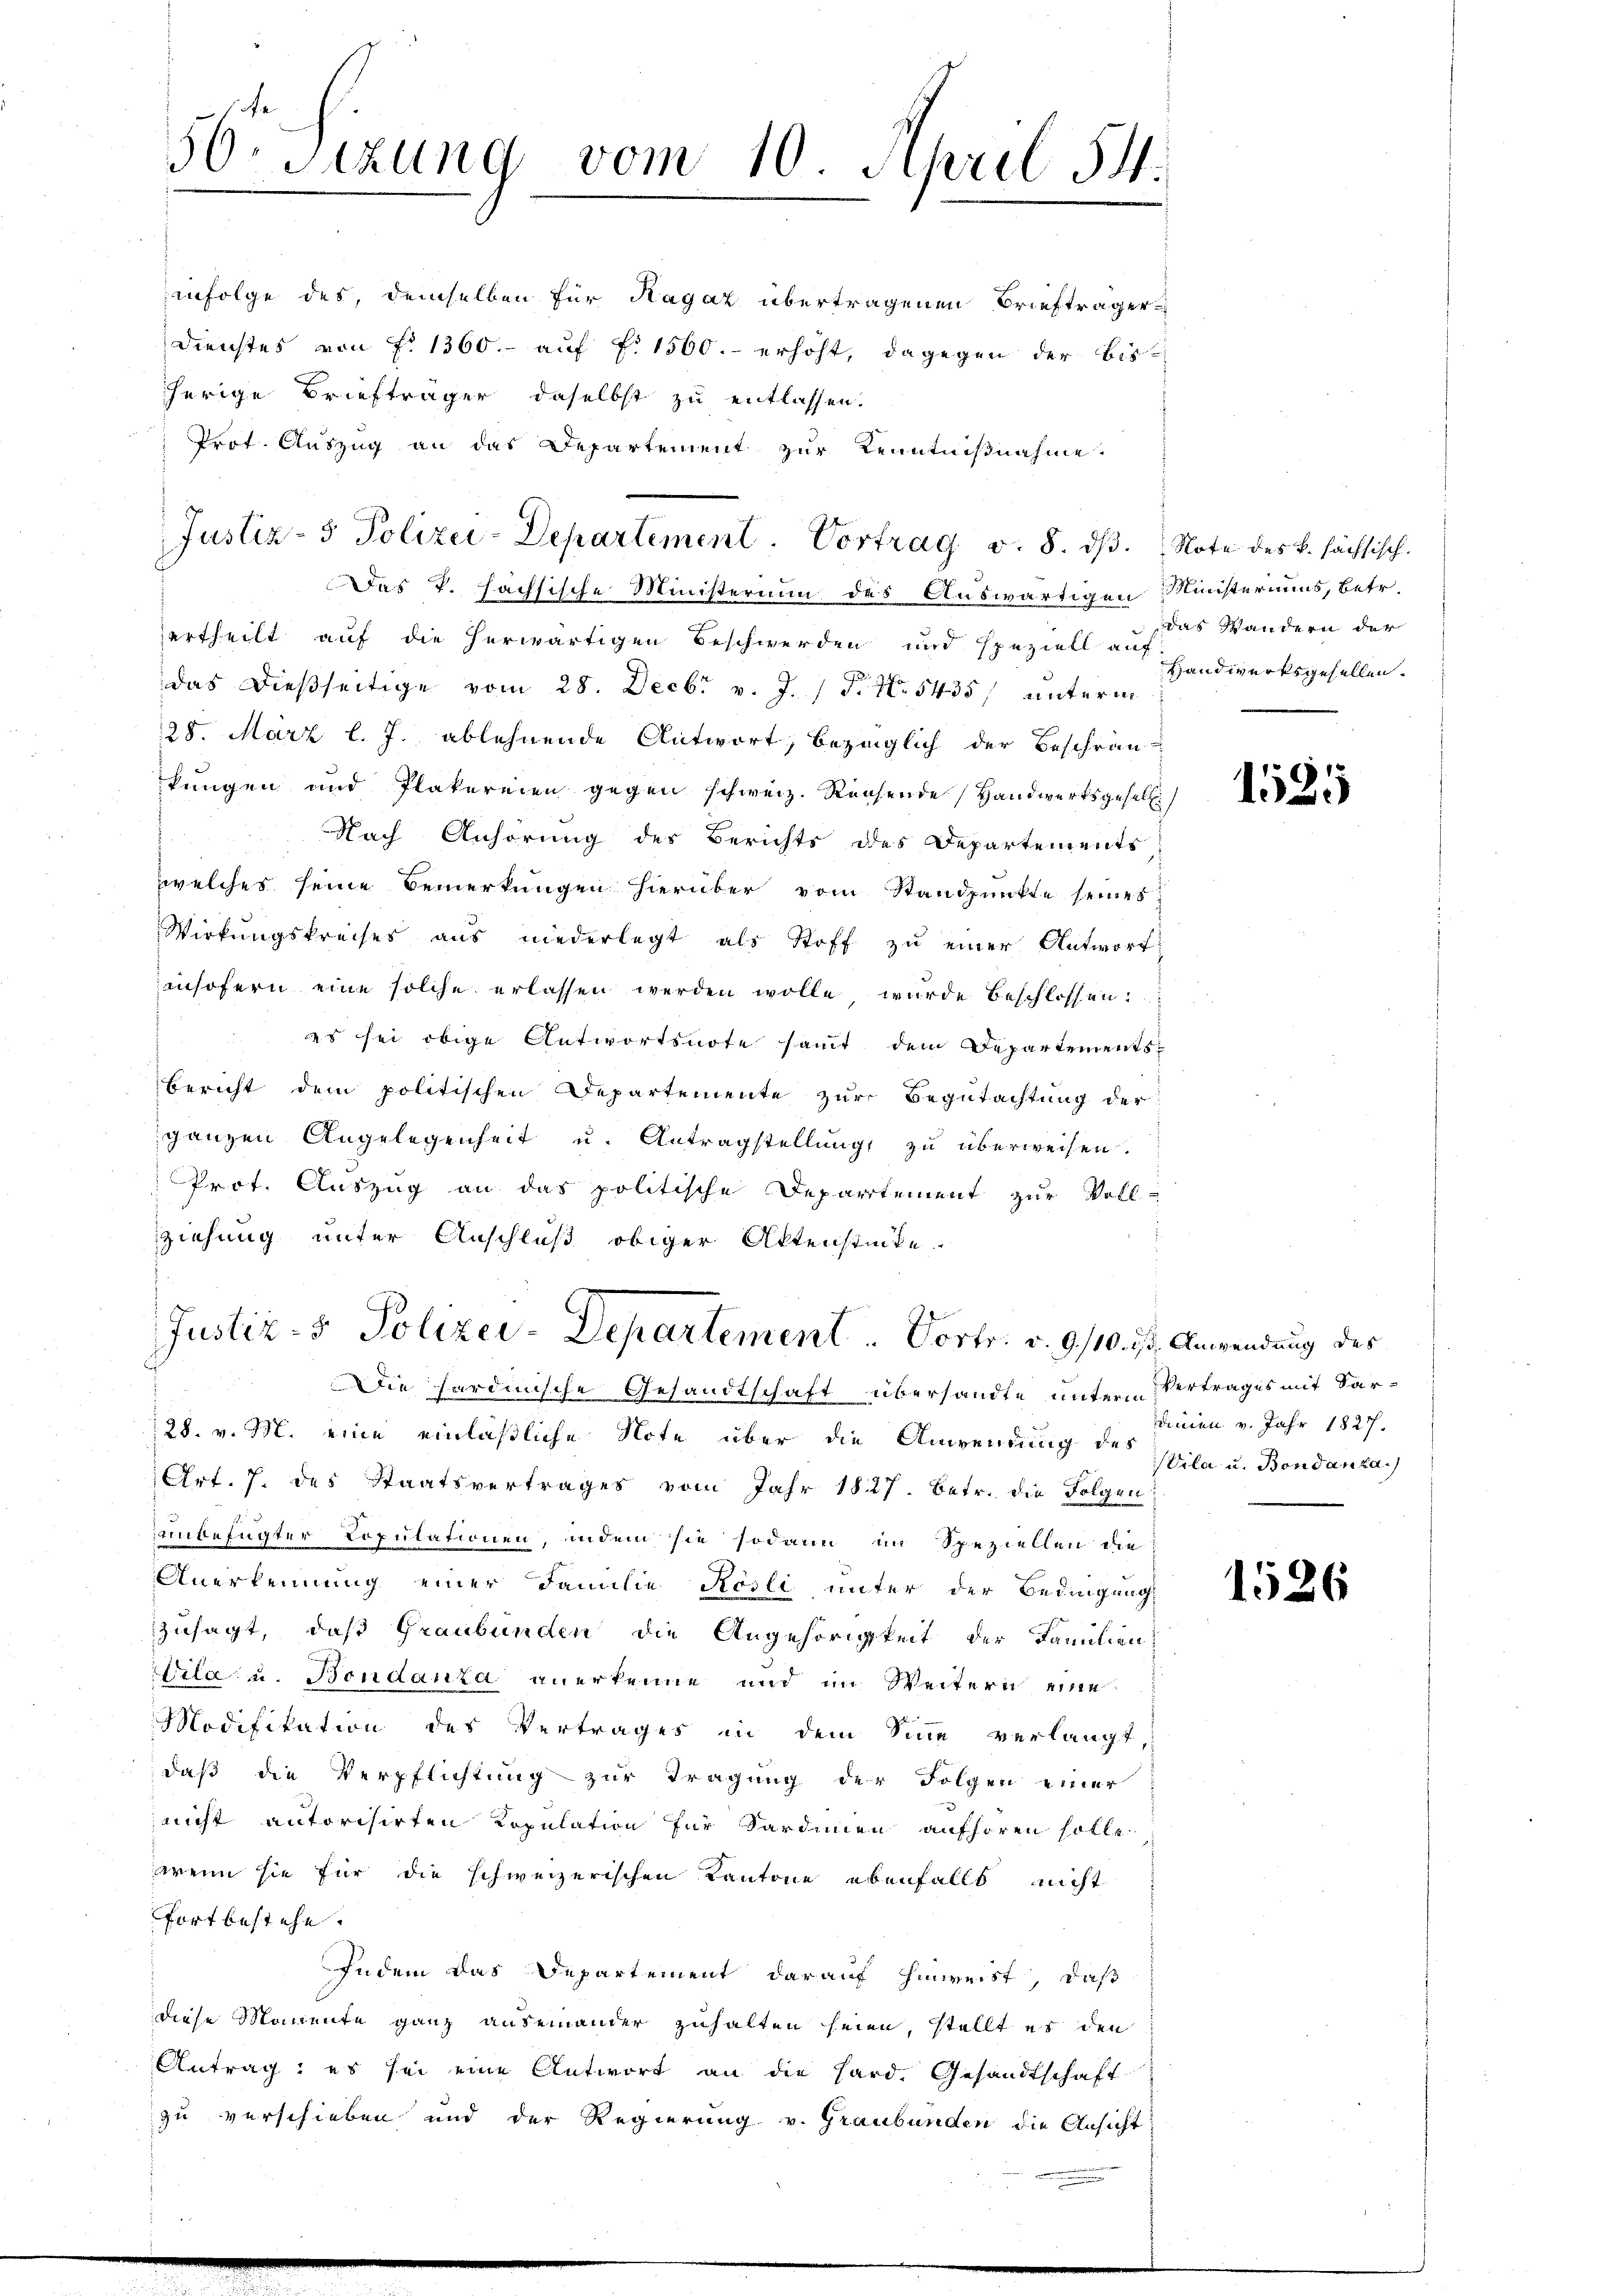
infolge des, demselben für Hagaz übertragenen Briefträger
Dienstes von f. 1360.- auf §. 1500.- erhöht, dagegen der bis
herige Briefträger daselbst zu entlassen.
Prof. Auszug an das Departement zur Kenntnißnahme.
Das k. hachsische Ministerium des Auswärtigen Ministeriums, betr.
ertheilt auf die herwärtigen Beschwerden und speziell auf
das dießseitige vom 28. Decbr v. J. P. Nr. 5435, unterm
28. März l. J. ablehnende Antwort, bezüglich der Beschrän-
kungen und Plakereien gegen schweiz. Rechende Handwerksgesell
Nach Anhörung des Berichts des Departements
zwelches seine Bemerkungen hierüber vom Standpunkte seines
Wirkungskreises aus niederlegt als Stoff zu einer Antworf
ansofern eine solche erlassen werden wolle wurde beschlossen:
es sei obige Antwortsnote samt dem Departements¬
Bericht dem politischen Departemente zur Begutachtung der
ganzen Angelegenheit u. Antragstellung zu überweisen.
Prot. Auszug an das politische Departement zur Voll-
ziehung unter Anschluß obiger Aktenstücke.
Justiz- & Polizei-Departement  ..   Dortr. v. 9/10. ist. Anwendung des
Die sardinische Gesandtschaft übersandte unterm Vertrages mit Sar¬
28. v. M. eine einläßliche Note über die Anwendung des Vila u. Bondanka
Art. 7. des Staatsvertrages vom Jahr 1827. Betr. die Folgen
einbefugter Copulationen, indem sie sodann im Speziellen die
Anerkennung einer Familie Rösli unter der Bedingung
zusagt, daß Graubünden die Angehörigkeit der Familien
ila u. Bondanza anerkenne und im Weitern eine
Modifikation des Vertrages in dem Sinne verlangt
daß die Verpflichtung zur Tragung der Folgen einer
nicht autorisirten Kopulation für Sardinien aufhören solle.
wenn sie für die schweizerischen Kantone ebenfalls nicht
fortbestehe.
Indem das Departement darauf hinweist, daß
diese Momente ganz auseinander zuhalten seien, stellt es den
Antrag; es sei eine Antwort an die Hard. Gesandtschaft
zu verschieben und der Regierung v. Graubünden die Ansicht

50. Sitzung vom 10. April 54.

Justiz- & Polizei-Departement. Vortrag v. 8. dβ. Note des k. sächsisch

das Wandern der
Handwerksgesellen.

1525

dinien v. Jahr 1827.

1526